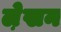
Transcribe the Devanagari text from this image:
ले़खन